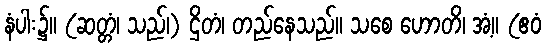
နံပါး၌။ (ဆတ္တံ၊ သည်၊) ဌိတံ၊ တည်နေသည်။ သစေ ဟောတိ၊ အံ့။ (ဧဝံ